Annual report on the working of the lock hospitals in the North-Western Provinces and Oudh
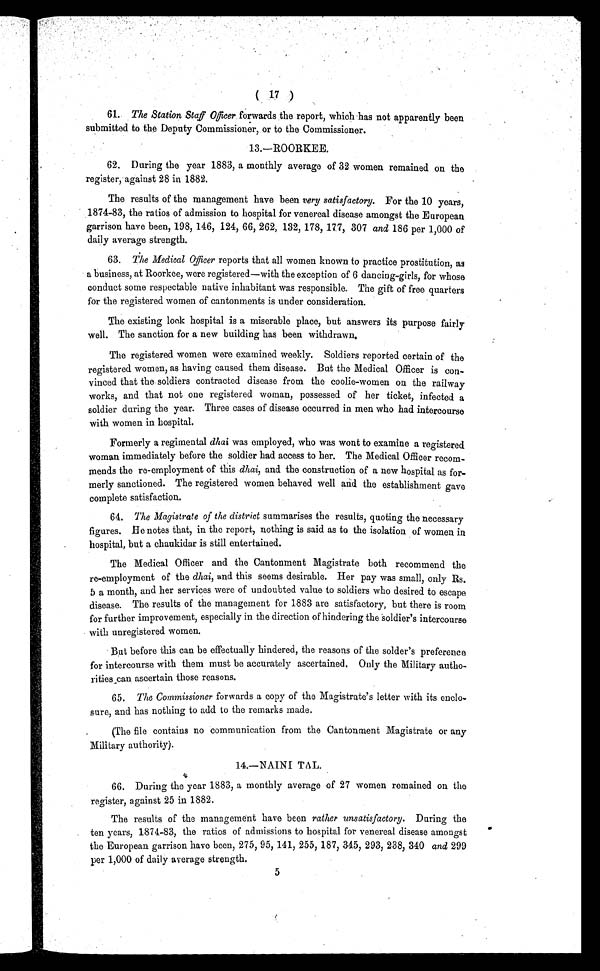
( 17 )
61. The 'Station Staff Officer, forwards the report, which has not apparently been
submitted to the Deputy Commissioner, or to the Commissioner.
13.—ROORKEE.
62. During the year 1883, a monthly average of 32 women remained on the
register, against 28 in 1882.
The results of the management have been very satisfactory. For the 10 years,
1874-83, the ratios of admission to hospital for venereal disease amongst the European
garrison have been, 198, 146, 124, 66, 262, 132, 178, 177, 307 and 186 per 1,000 of
daily average strength.
63. The Medical Officer r e p o r t s t h a t a l l w o m e n k n o w n t o p r a c t i c e p r o s t i t u t i o n , a s
a business, at Roorkee, were registered—with the exception of 6 dancing-girls, for whose
conduct some respectable native inhabitant was responsible. The gift of free quarters
for the registered women of cantonments is under consideration.
The existing lock hospital is a miserable place, but answers its purpose fairly
well. The sanction for a new building has been withdrawn.
The registered women were examined weekly. Soldiers reported certain of the
registered women, as having caused them disease. But the Medical Officer is con-
vinced that the soldiers contracted disease from the coolie-women on the railway
works, and that not one registered woman, possessed of her ticket, infected a
soldier during the year. Three cases of disease occurred in men who had intercourse
with women in hospital.
Formerly a regimental dhai was employed, who was wont to examine a registered
woman immediately before the soldier had access to her. The Medical Officer recom-
mends the re-employment of this dhai, and the construction of a new hospital as for-
merly sanctioned. The registered women behaved well and the establishment gave
complete satisfaction.
64. The Magistrate of the district summarises the results, quoting the necessary
figures. He notes that, in the report, nothing is said as to the isolation of women in
hospital, but a chaukidar is still entertained.
The Medical Officer and the Cantonment Magistrate both recommend the
re-employment of the dhai, and this seems desirable. Her pay was small, only Rs.
5 a month, and her services were of undoubted value to soldiers who desired to escape
disease. The results of the management for 1883 are satisfactory, but there is room
for further improvement, especially in the direction of hindering the soldier's intercourse
with unregistered women.
But before this can be effectually hindered, the reasons of the solder's preference
for intercourse with them must be accurately ascertained. Only the Military autho-
rities can ascertain those reasons.
65. The Commissioner forwards a copy of the Magistrate's letter with its enclo-
sure, and has nothing to add to the remarks made.
(The file contains no communication from the Cantonment Magistrate or any
Military authority).
14.—NAINI TAL.
66. During the year 1883, a monthly average of 27 women remained on the
register, against 25 in 1882.
The results of the management have been rather unsatisfactory. During the
ten years, 1874-83, the ratios of admissions to hospital for venereal disease amongst
the European garrison have been, 275, 95, 141, 255, 187, 345, 293, 238, 340 and 299
per 1,000 of daily average strength.
5